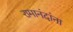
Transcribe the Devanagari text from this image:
रामानंदांना